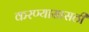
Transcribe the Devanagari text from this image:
करण्यासासठी